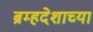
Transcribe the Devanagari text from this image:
ब्रम्हदेशाच्या